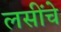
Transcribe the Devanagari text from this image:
लसींचे